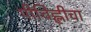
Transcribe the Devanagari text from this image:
पीचिह्लीचा